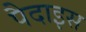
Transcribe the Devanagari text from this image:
पैदाइस